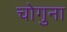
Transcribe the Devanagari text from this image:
चोगुना